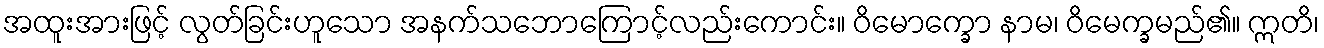
အထူးအားဖြင့် လွတ်ခြင်းဟူသော အနက်သဘောကြောင့်လည်းကောင်း။ ဝိမောက္ခော နာမ၊ ဝိမေက္ခမည်၏။ ဣတိ၊